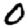
Digit: 0